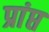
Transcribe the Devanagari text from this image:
प्रांप्त